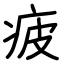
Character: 疲